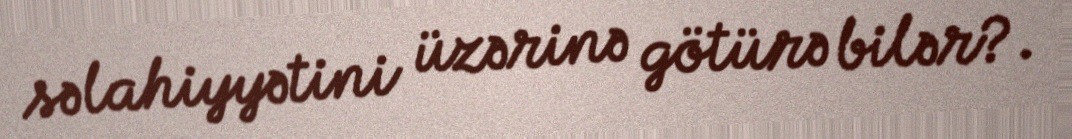
səlahiyyətini üzərinə götürə bilər?.